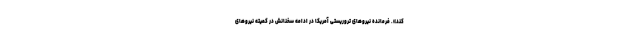
کند». فرمانده نیروهای تروریستی آمریکا در ادامه سخنانش در کمیته نیروهای